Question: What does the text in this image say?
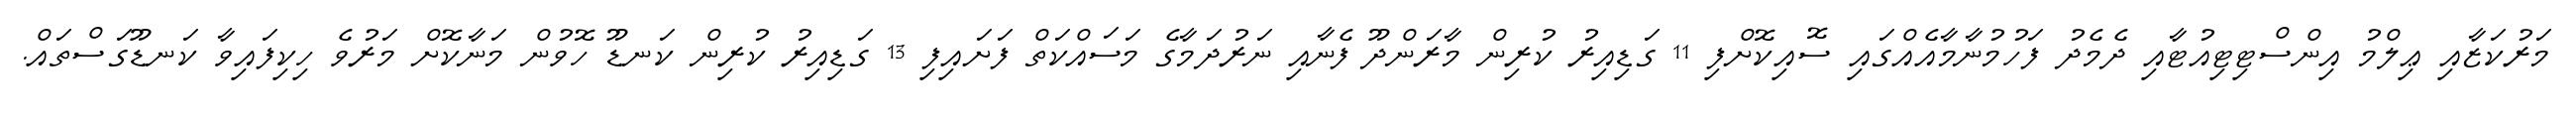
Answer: މަރުކަޒާއި ޢިލްމު އިންސްޓިޓިއުޓާއި ދެމެދު ފަހުމުނާމާއެއްގައި ސޮއިކޮށްފި 11 ގަޑިއިރު ކުރިން މާރަންދޫ ފެނާއި ނަރުދަމާގެ މަސައްކަތް ފަށައިފި 13 ގަޑިއިރު ކުރިން ކަނޑޫ ހޮވުން މަނާކޮށް މަރުވެ ހިކިފައިވާ ކަނޑޫގަސްތައް.